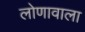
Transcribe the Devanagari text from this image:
लोणावाला